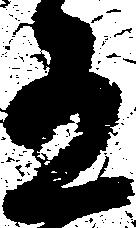
有